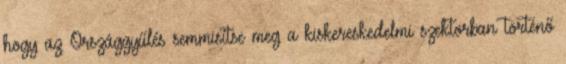
hogy az Országgyűlés semmisítse meg a kiskereskedelmi szektorban történő